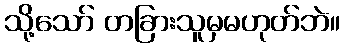
သို့သော် တခြားသူမှမဟုတ်ဘဲ။